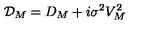
\mathcal { D } _ { M } = D _ { M } + i \sigma ^ { 2 } V _ { M } ^ { 2 }